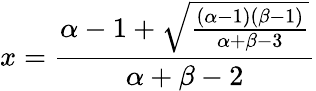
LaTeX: x={\frac{\alpha-1+{\sqrt{\frac{(\alpha-1)(\beta-1)}{\alpha+\beta-3}}}}{\alpha+\beta-2}}